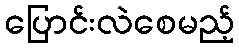
ပြောင်းလဲစေမည့်